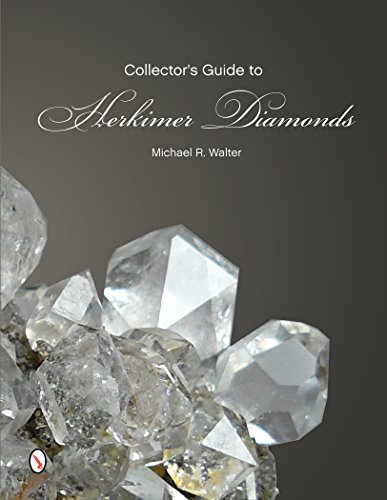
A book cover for The Collector's Guide to Herkimer Diamonds (Schiffer Earth Science Monographs); Michael R. Walter; Science & Math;